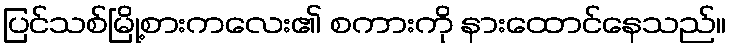
ပြင်သစ်မြို့စားကလေး၏ စကားကို နားထောင်နေသည်။